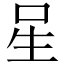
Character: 𭺲